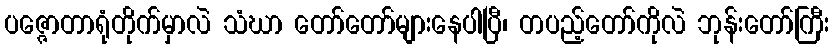
ပဇ္ဇောတာရုံတိုက်မှာလဲ သံဃာ တော်တော်များနေပါပြီ၊ တပည့်တော်ကိုလဲ ဘုန်းတော်ကြီး